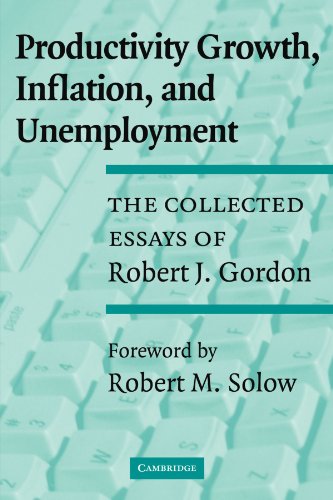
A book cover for Productivity Growth, Inflation, and Unemployment: The Collected Essays of Robert J. Gordon; Robert J. Gordon; Business & Money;